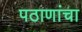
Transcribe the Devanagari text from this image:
पठाणांचा